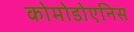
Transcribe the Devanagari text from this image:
कोमोडोएनिस